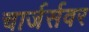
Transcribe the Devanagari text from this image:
चार्जर्सवर